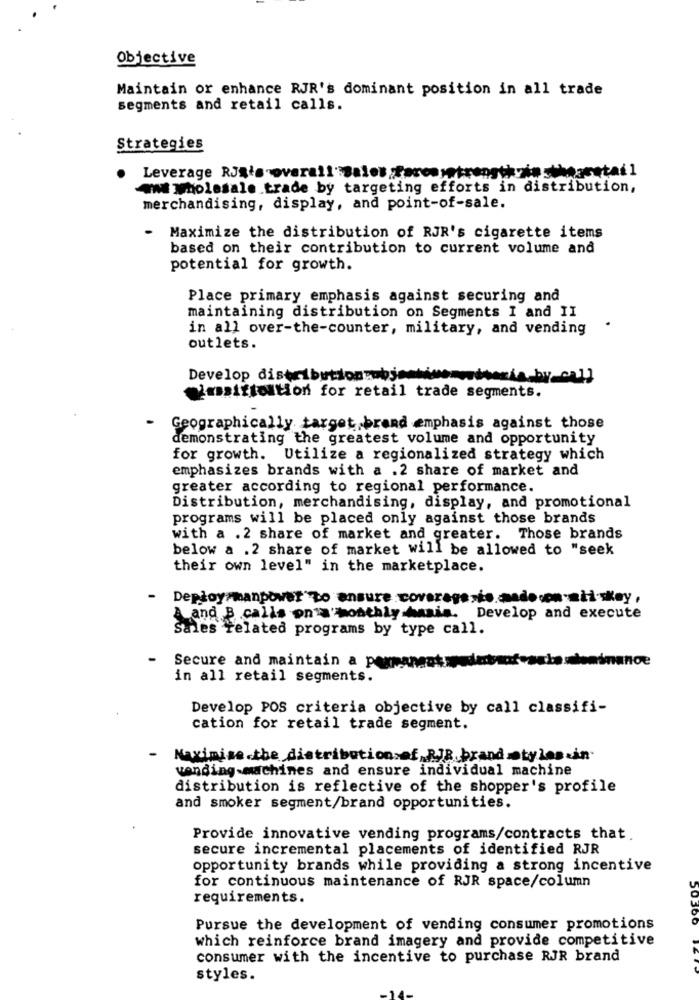
Objective
Maintain or enhance RJR's dominant position in all trade
segments and retail calls.
Strategies
wwe wholesale trade by targeting efforts in distribution,
merchandising, display, and point-of-sale.
Maximize the distribution of RJR's cigarette items
based on their contribution to current volume and
potential for growth.
Place primary emphasis against securing and
maintaining distribution on Segments I and II
in all over-the-counter, military, and vending
outlets.
Develop distribution object
irsiftortion for retail trade segments.
Geographically target brand emphasis against those
demonstrating the greatest volume and opportunity
for growth. Utilize a regionalized strategy which
emphasizes brands with a .2 share of market and
greater according to regional performance.
Distribution, merchandising, display, and promotional
programs will be placed only against those brands
with a .2 share of market and greater. Those brands
below a .2 share of market will be allowed to "seek
their own level" in the marketplace.
-
Deploy manpower" to ensure coverage sto. mado con .nii-skoy,
A and B .calls on a monthly basis. Develop and execute
Sales related programs by type call.
Secure and maintain a p
in all retail segments.
Develop POS criteria objective by call classifi-
cation for retail trade segment.
Maximise.the distribution af RJR.brand styles .in.
vending machines and ensure individual machine
distribution is reflective of the shopper's profile
and smoker segment/brand opportunities.
Provide innovative vending programs/contracts that.
secure incremental placements of identified RJR
opportunity brands while providing a strong incentive
for continuous maintenance of RJR space/column
requirements.
50300
Pursue the development of vending consumer promotions
which reinforce brand imagery and provide competitive
consumer with the incentive to purchase RJR brand
styles.